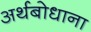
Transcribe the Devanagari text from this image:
अर्थबोधाना